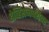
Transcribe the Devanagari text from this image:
डेव्हिसनबरोबर